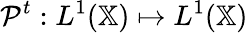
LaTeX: \mathcal{P}^{t}:L^{1}(\mathbb{X})\mapsto L^{1}(\mathbb{X})